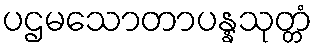
ပဌမသောတာပန္နသုတ္တံ